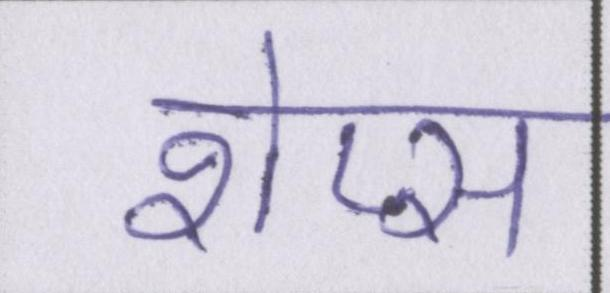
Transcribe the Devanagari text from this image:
शेप्स